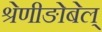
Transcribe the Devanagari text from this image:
श्रेणीङोबेल्